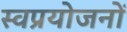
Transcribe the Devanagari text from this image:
स्वप्रयोजनों